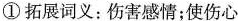
① 拓展词义:伤害感情;使伤心